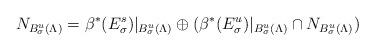
LaTeX: \begin{align*}N_{B^u_\sigma (\Lambda)} = \beta^*(E^s_\sigma)\vert_{B^u_\sigma (\Lambda)} \oplus (\beta^*(E^u_\sigma)\vert_{B^u_\sigma (\Lambda)} \cap N_{B^u_\sigma (\Lambda)})\end{align*}